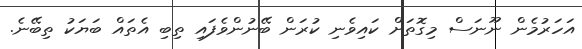
އަހަރުމެން ނޫނަސް މިގޮތަށް ކައިވެނި ކުރަން ބޭނުންވެފައި ތިބި އެތައް ބަޔަކު ތިބޭނެ.